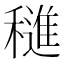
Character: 𬔀